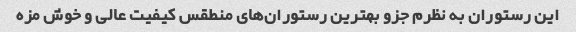
این رستوران به نظرم جزو بهترین رستوران‌های منطقس کیفیت عالی و خوش مزه